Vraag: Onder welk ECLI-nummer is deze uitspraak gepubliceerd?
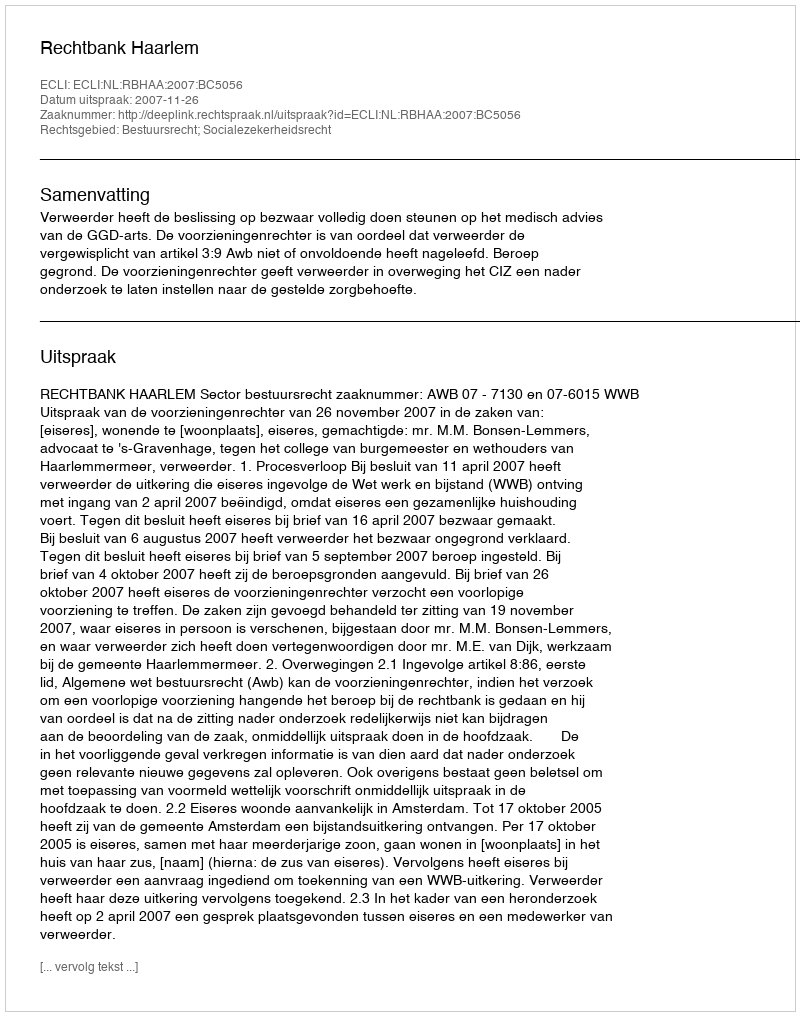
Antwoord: ECLI:NL:RBHAA:2007:BC5056